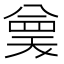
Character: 𭁗